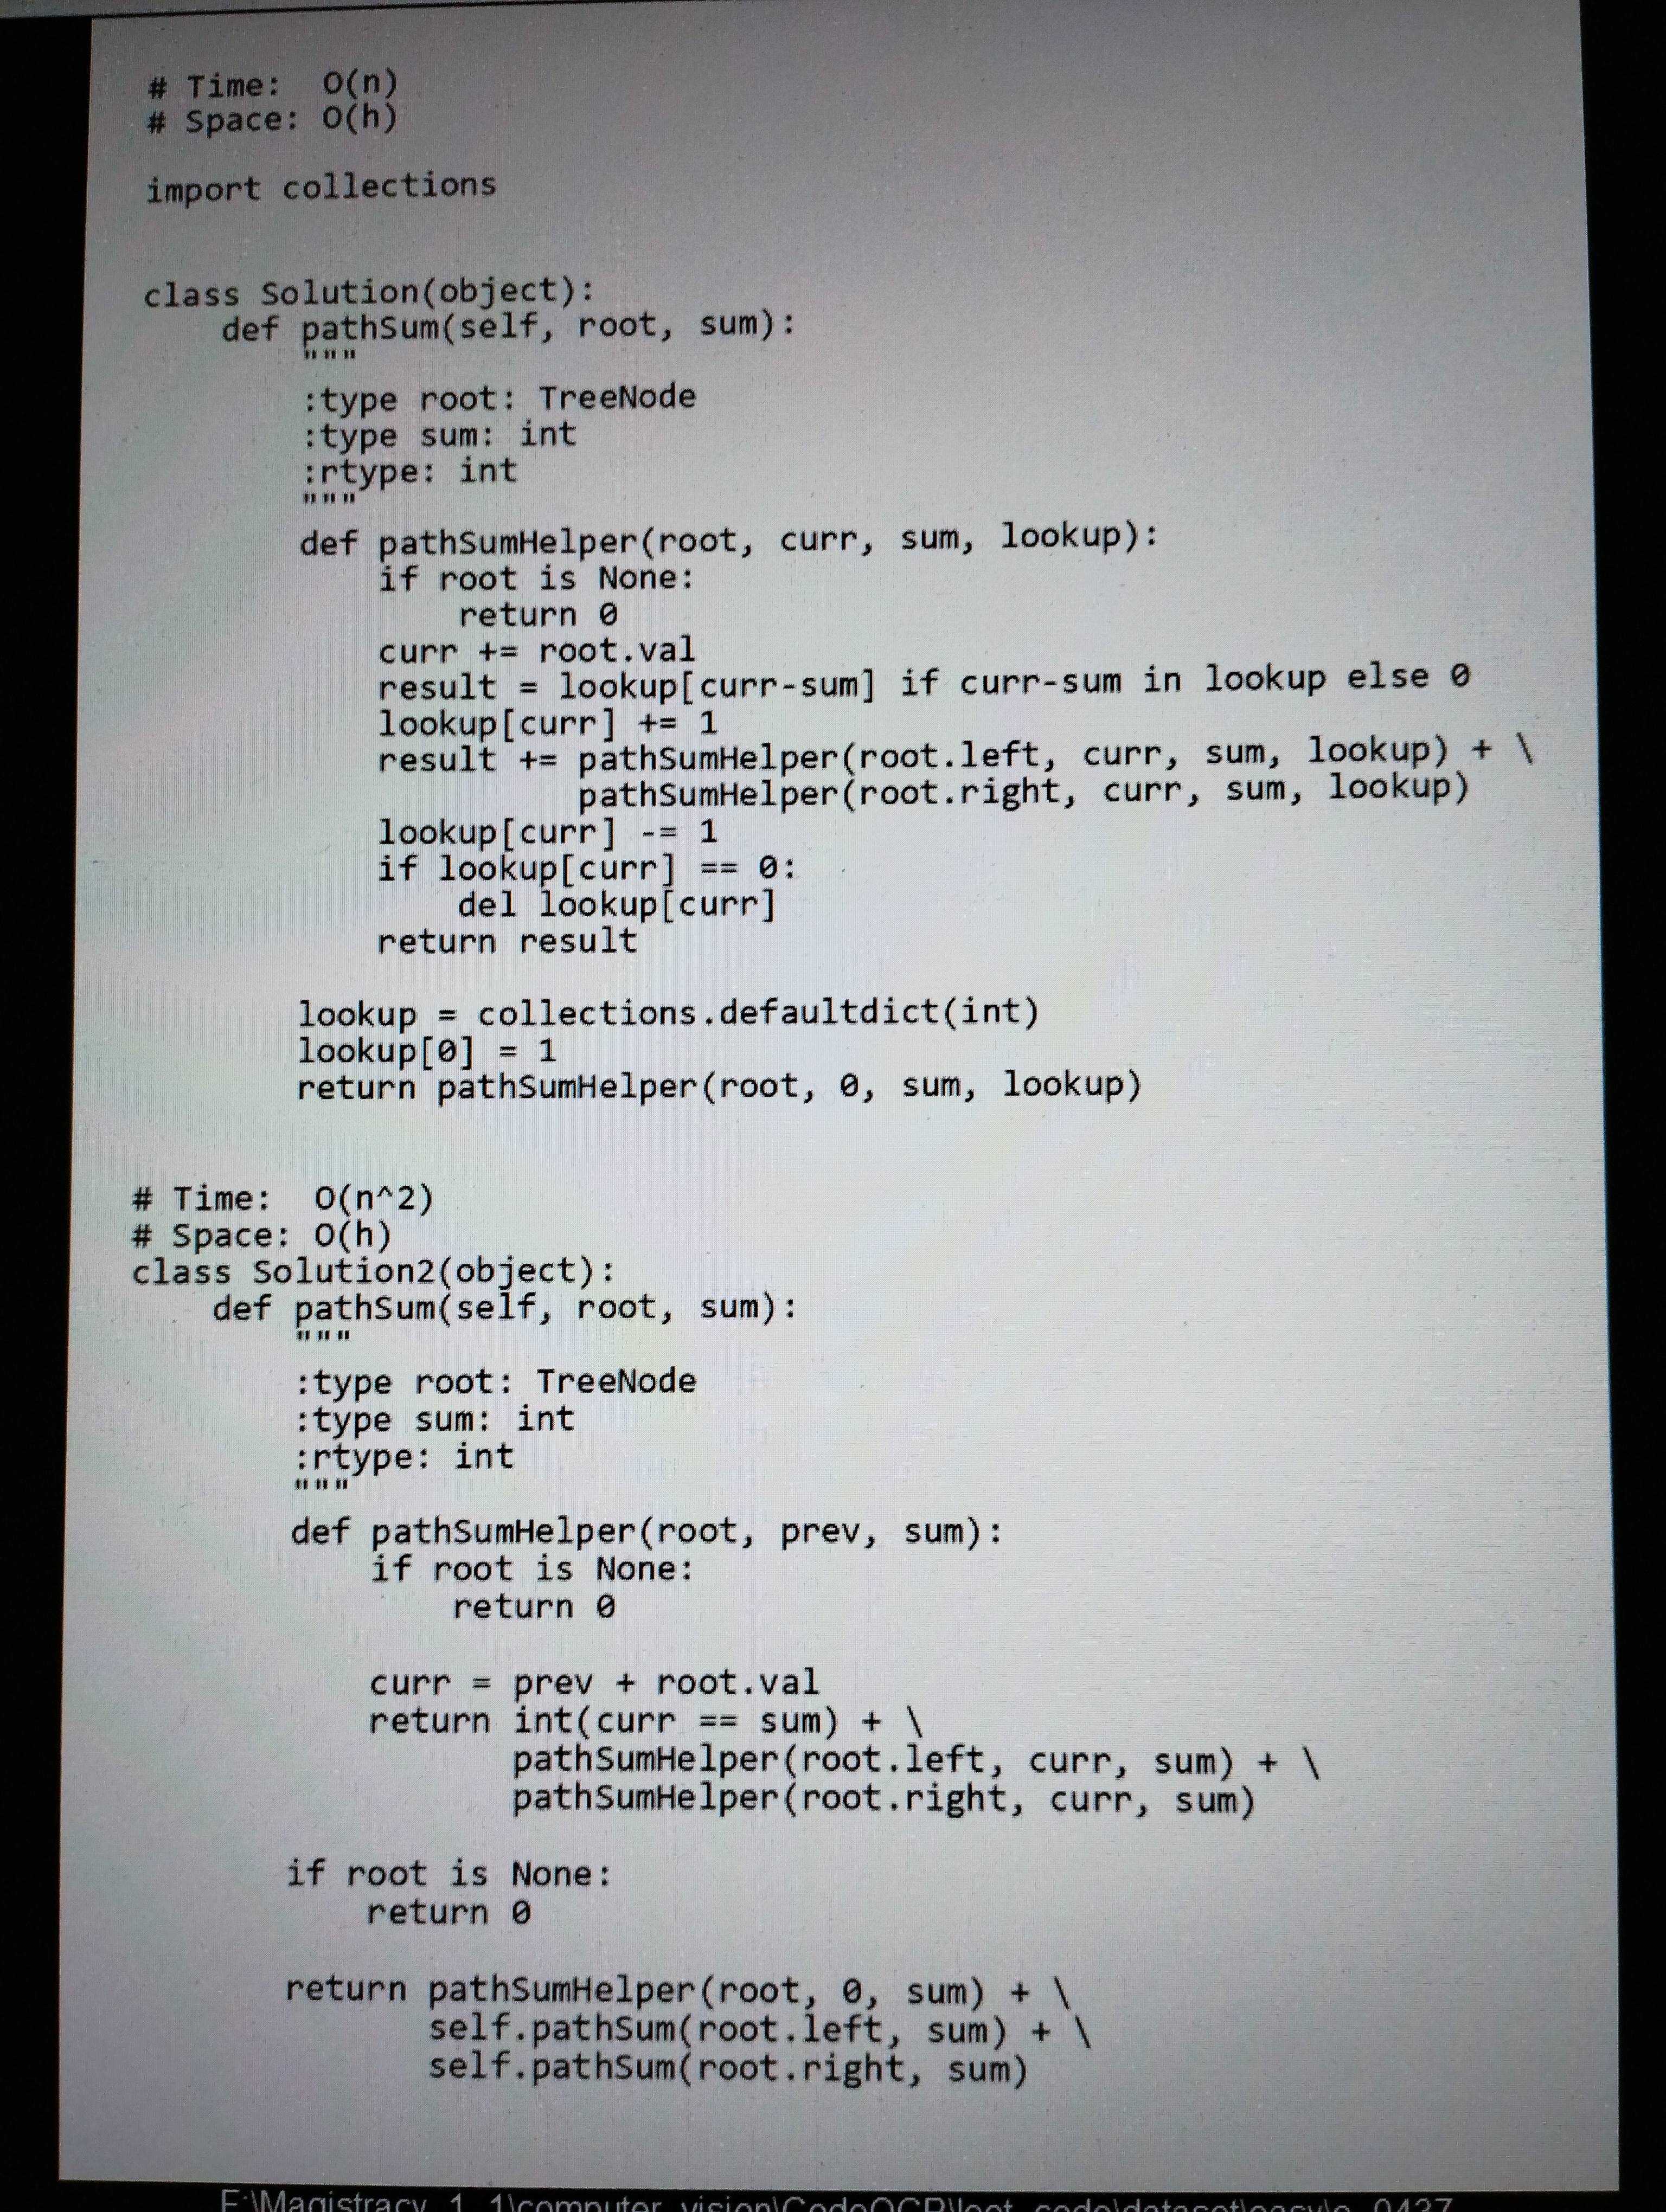
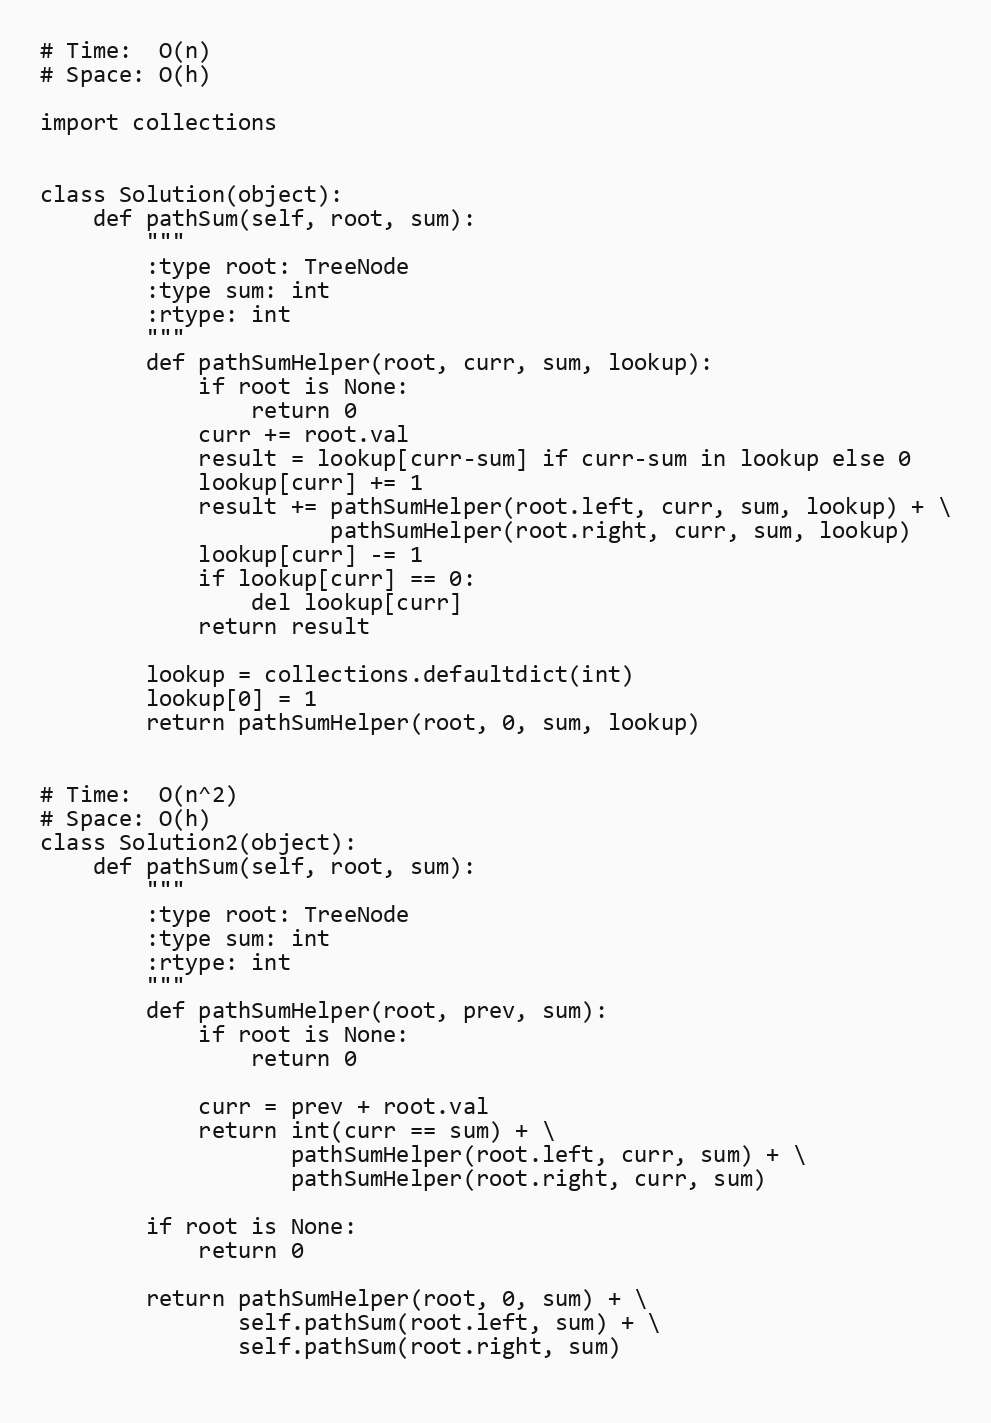
# Time:  O(n)
# Space: O(h)

import collections

class Solution(object):
    def pathSum(self, root, sum):
        """
        :type root: TreeNode
        :type sum: int
        :rtype: int
        """
        def pathSumHelper(root, curr, sum, lookup):
            if root is None:
                return 0
            curr += root.val
            result = lookup[curr-sum] if curr-sum in lookup else 0
            lookup[curr] += 1
            result += pathSumHelper(root.left, curr, sum, lookup) + \
                      pathSumHelper(root.right, curr, sum, lookup)
            lookup[curr] -= 1
            if lookup[curr] == 0:
                del lookup[curr]
            return result

        lookup = collections.defaultdict(int)
        lookup[0] = 1
        return pathSumHelper(root, 0, sum, lookup)

# Time:  O(n^2)
# Space: O(h)
class Solution2(object):
    def pathSum(self, root, sum):
        """
        :type root: TreeNode
        :type sum: int
        :rtype: int
        """
        def pathSumHelper(root, prev, sum):
            if root is None:
                return 0

            curr = prev + root.val
            return int(curr == sum) + \
                   pathSumHelper(root.left, curr, sum) + \
                   pathSumHelper(root.right, curr, sum)

        if root is None:
            return 0

        return pathSumHelper(root, 0, sum) + \
               self.pathSum(root.left, sum) + \
               self.pathSum(root.right, sum)